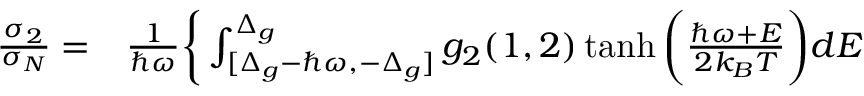
\begin{array} { r l } { \frac { \sigma _ { 2 } } { \sigma _ { N } } = } & { { } \frac { 1 } { \hbar \omega } \bigg \{ \int _ { [ \Delta _ { g } - \hbar \omega , - \Delta _ { g } ] } ^ { \Delta _ { g } } g _ { 2 } ( 1 , 2 ) \operatorname { t a n h } \bigg ( \frac { \hbar \omega + E } { 2 k _ { B } T } \bigg ) d E } \end{array}